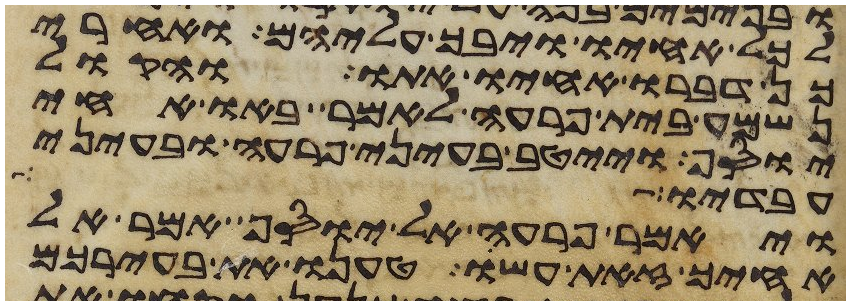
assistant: לכל אחיו ויבך עליהם ואחרי
כן דברו אחיו אתו והקול
נשמע בית פרעה לאמר באו אחי
יוסף וייטב בעיני פרעה ובעיני
עבדיו עדר
ויאמר פרעה אל יוסף אמר אל
אחיך זאת עשו טענו את בעירכם